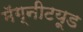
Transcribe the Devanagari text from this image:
मॅग्नीटय़ूड